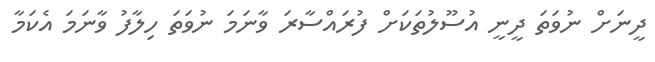
ދީނަށް ނުވަތަ ދީނީ އުސޫލުތަކަށް ފުރައްސާރަ ވާނަމަ ނުވަތަ ހިލާފު ވާނަމަ އެކަމާ